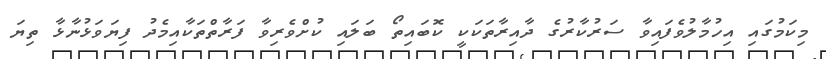
މިކަމުގައި އިހުމާލުވެފައިވާ ސަރުކާރުގެ ދާއިރާތަކަކީ ކޮބައިތޯ ބަލައި ކުށްވެރިވާ ފަރާތްތަކާއިމެދު ފިޔަވަޅުނާޅާ ތިޔަ